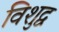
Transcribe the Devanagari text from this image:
विशुद्व